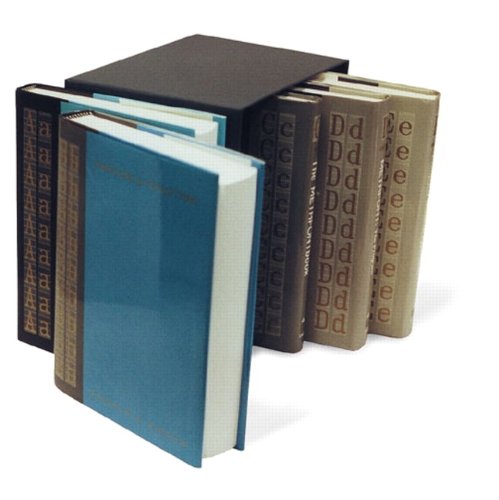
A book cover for Computers & Typesetting, Volumes A-E Boxed Set; Donald E. Knuth; Computers & Technology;